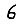
Digit: 6